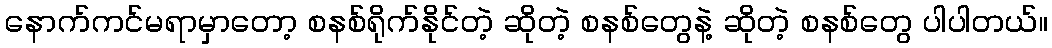
နောက်ကင်မရာမှာတော့ စနစ်ရိုက်နိုင်တဲ့ ဆိုတဲ့ စနစ်တွေနဲ့ ဆိုတဲ့ စနစ်တွေ ပါပါတယ်။